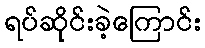
ရပ်ဆိုင်းခဲ့ကြောင်း